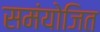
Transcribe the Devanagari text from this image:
समंयोजित